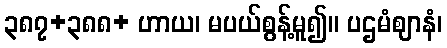
၃၈၇+၃၈၈+ ဟာယ၊ မပယ်စွန့်မူ၍။ ပဌမံဈာနံ၊